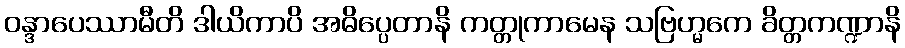
ဝန္ဒာပေဿာမီတိ ဒါယိကာပိ အဓိပ္ပေတာနိ ကတ္တုကာမေန သဗြဟ္မကေ ခိတ္တကဏ္ဍာနိ